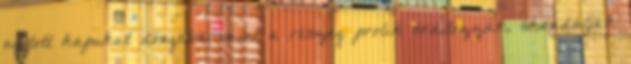
nyitott kapukat döngetve, mint a részeg prolik ordítozzák, skandálják